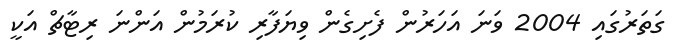
ގަތަރުގައި 2004 ވަނަ އަހަރުން ފެށިގެން ވިޔަފާރި ކުރަމުން އަންނަ ރިޓާޗް އަކީ